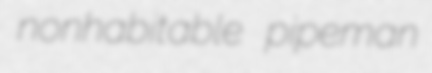
nonhabitable pipeman